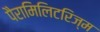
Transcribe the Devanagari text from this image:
पैरामिलिटरिज्म